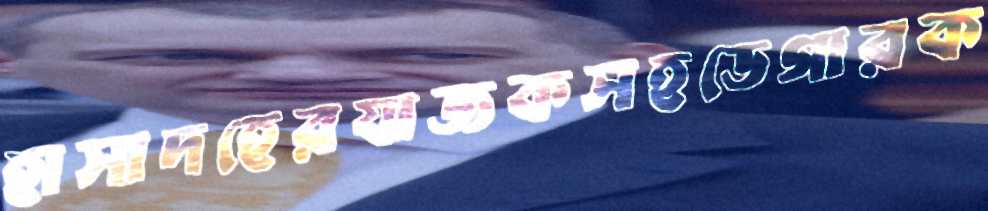
হাসাদহেরযাজকসহডেগারক